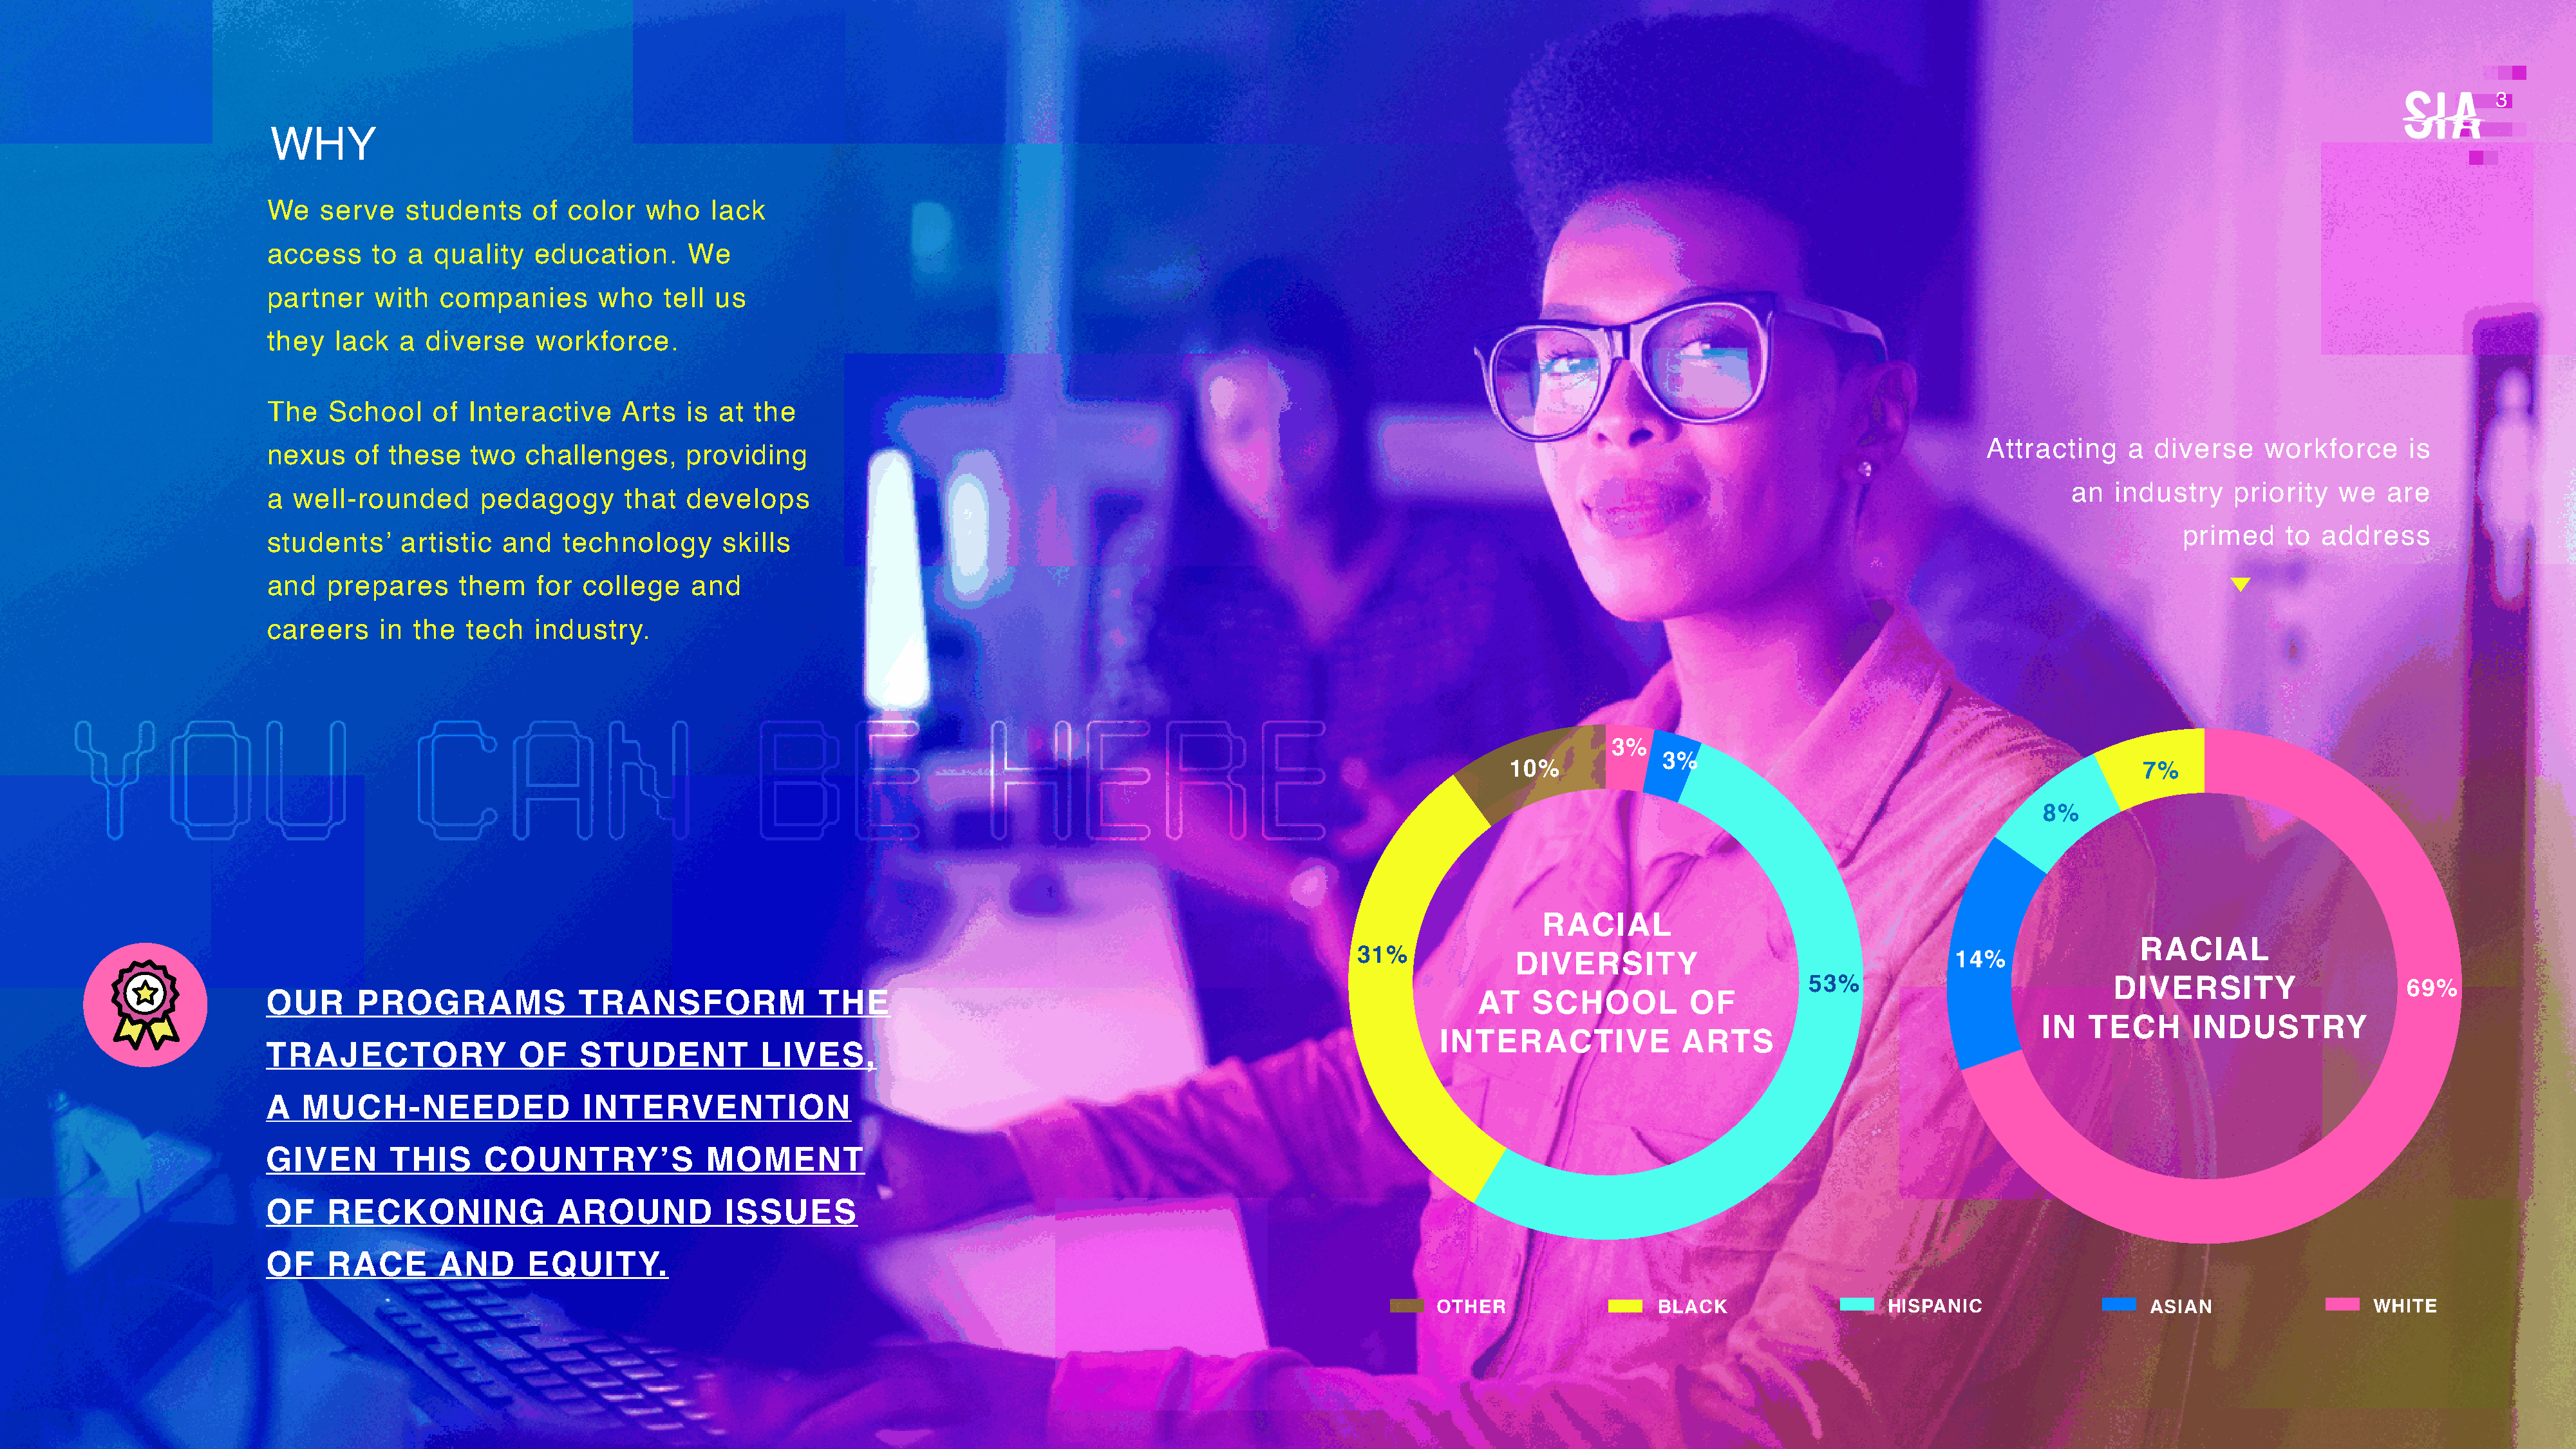
3
 WHY
 We    serve    students     of color   who    lack
 access     to  a  quality   education.      We
 partner     with  companies        who   tell us
 they   lack   a  diverse    workforce.
 The    School    of  Interactive     Arts   is at  the
 Attracting     a  diverse    workforce      is
 nexus     of these   two   challenges,      providing
 an  industry     priority  we   are
 a  well-rounded       pedagogy       that   develops
 primed     to  address
 students’     artistic   and   technology      skills
 and    prepares     them    for  college    and
 careers     in  the  tech   industry.
 3%
 3%
 10%                                                              7%
 8%
 RACIAL
 RACIAL
 31%
 DIVERSITY                                    14%
 53%                            DIVERSITY                     69%
 OUR       PROGRAMS              TRANSFORM                THE                                                                 AT   SCHOOL           OF
 IN   TECH      INDUSTRY
 INTERACTIVE              ARTS
 TRAJECTORY                OF     STUDENT           LIVES,
 A   MUCH-NEEDED                  INTERVENTION
 GIVEN        THIS      COUNTRY’S              MOMENT
 OF     RECKONING              AROUND            ISSUES
 OF     RACE       AND      EQUITY.
 OTHER                 BLACK                   HISPANIC                   ASIAN                  WHITE